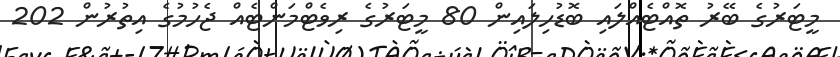
މީޓަރުގެ ބޭރު ތޮއްޓެއްލައި ބޮޑުހިލައިން 80 މީޓަރުގެ ރިވެޓްމަންޓެއް ޖެހުމުގެ އިތުރުން 202